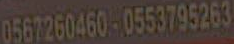
0567260460-0553795263